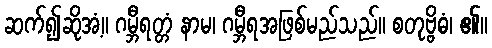
ဆက်၍ဆိုအံ့။ ဂမ္ဘီရတ္တံ နာမ၊ ဂမ္ဘီရအဖြစ်မည်သည်။ စတုဗ္ဗိဓံ၊ ၏။